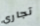
تجاري